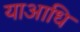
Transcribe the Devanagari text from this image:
याआधि